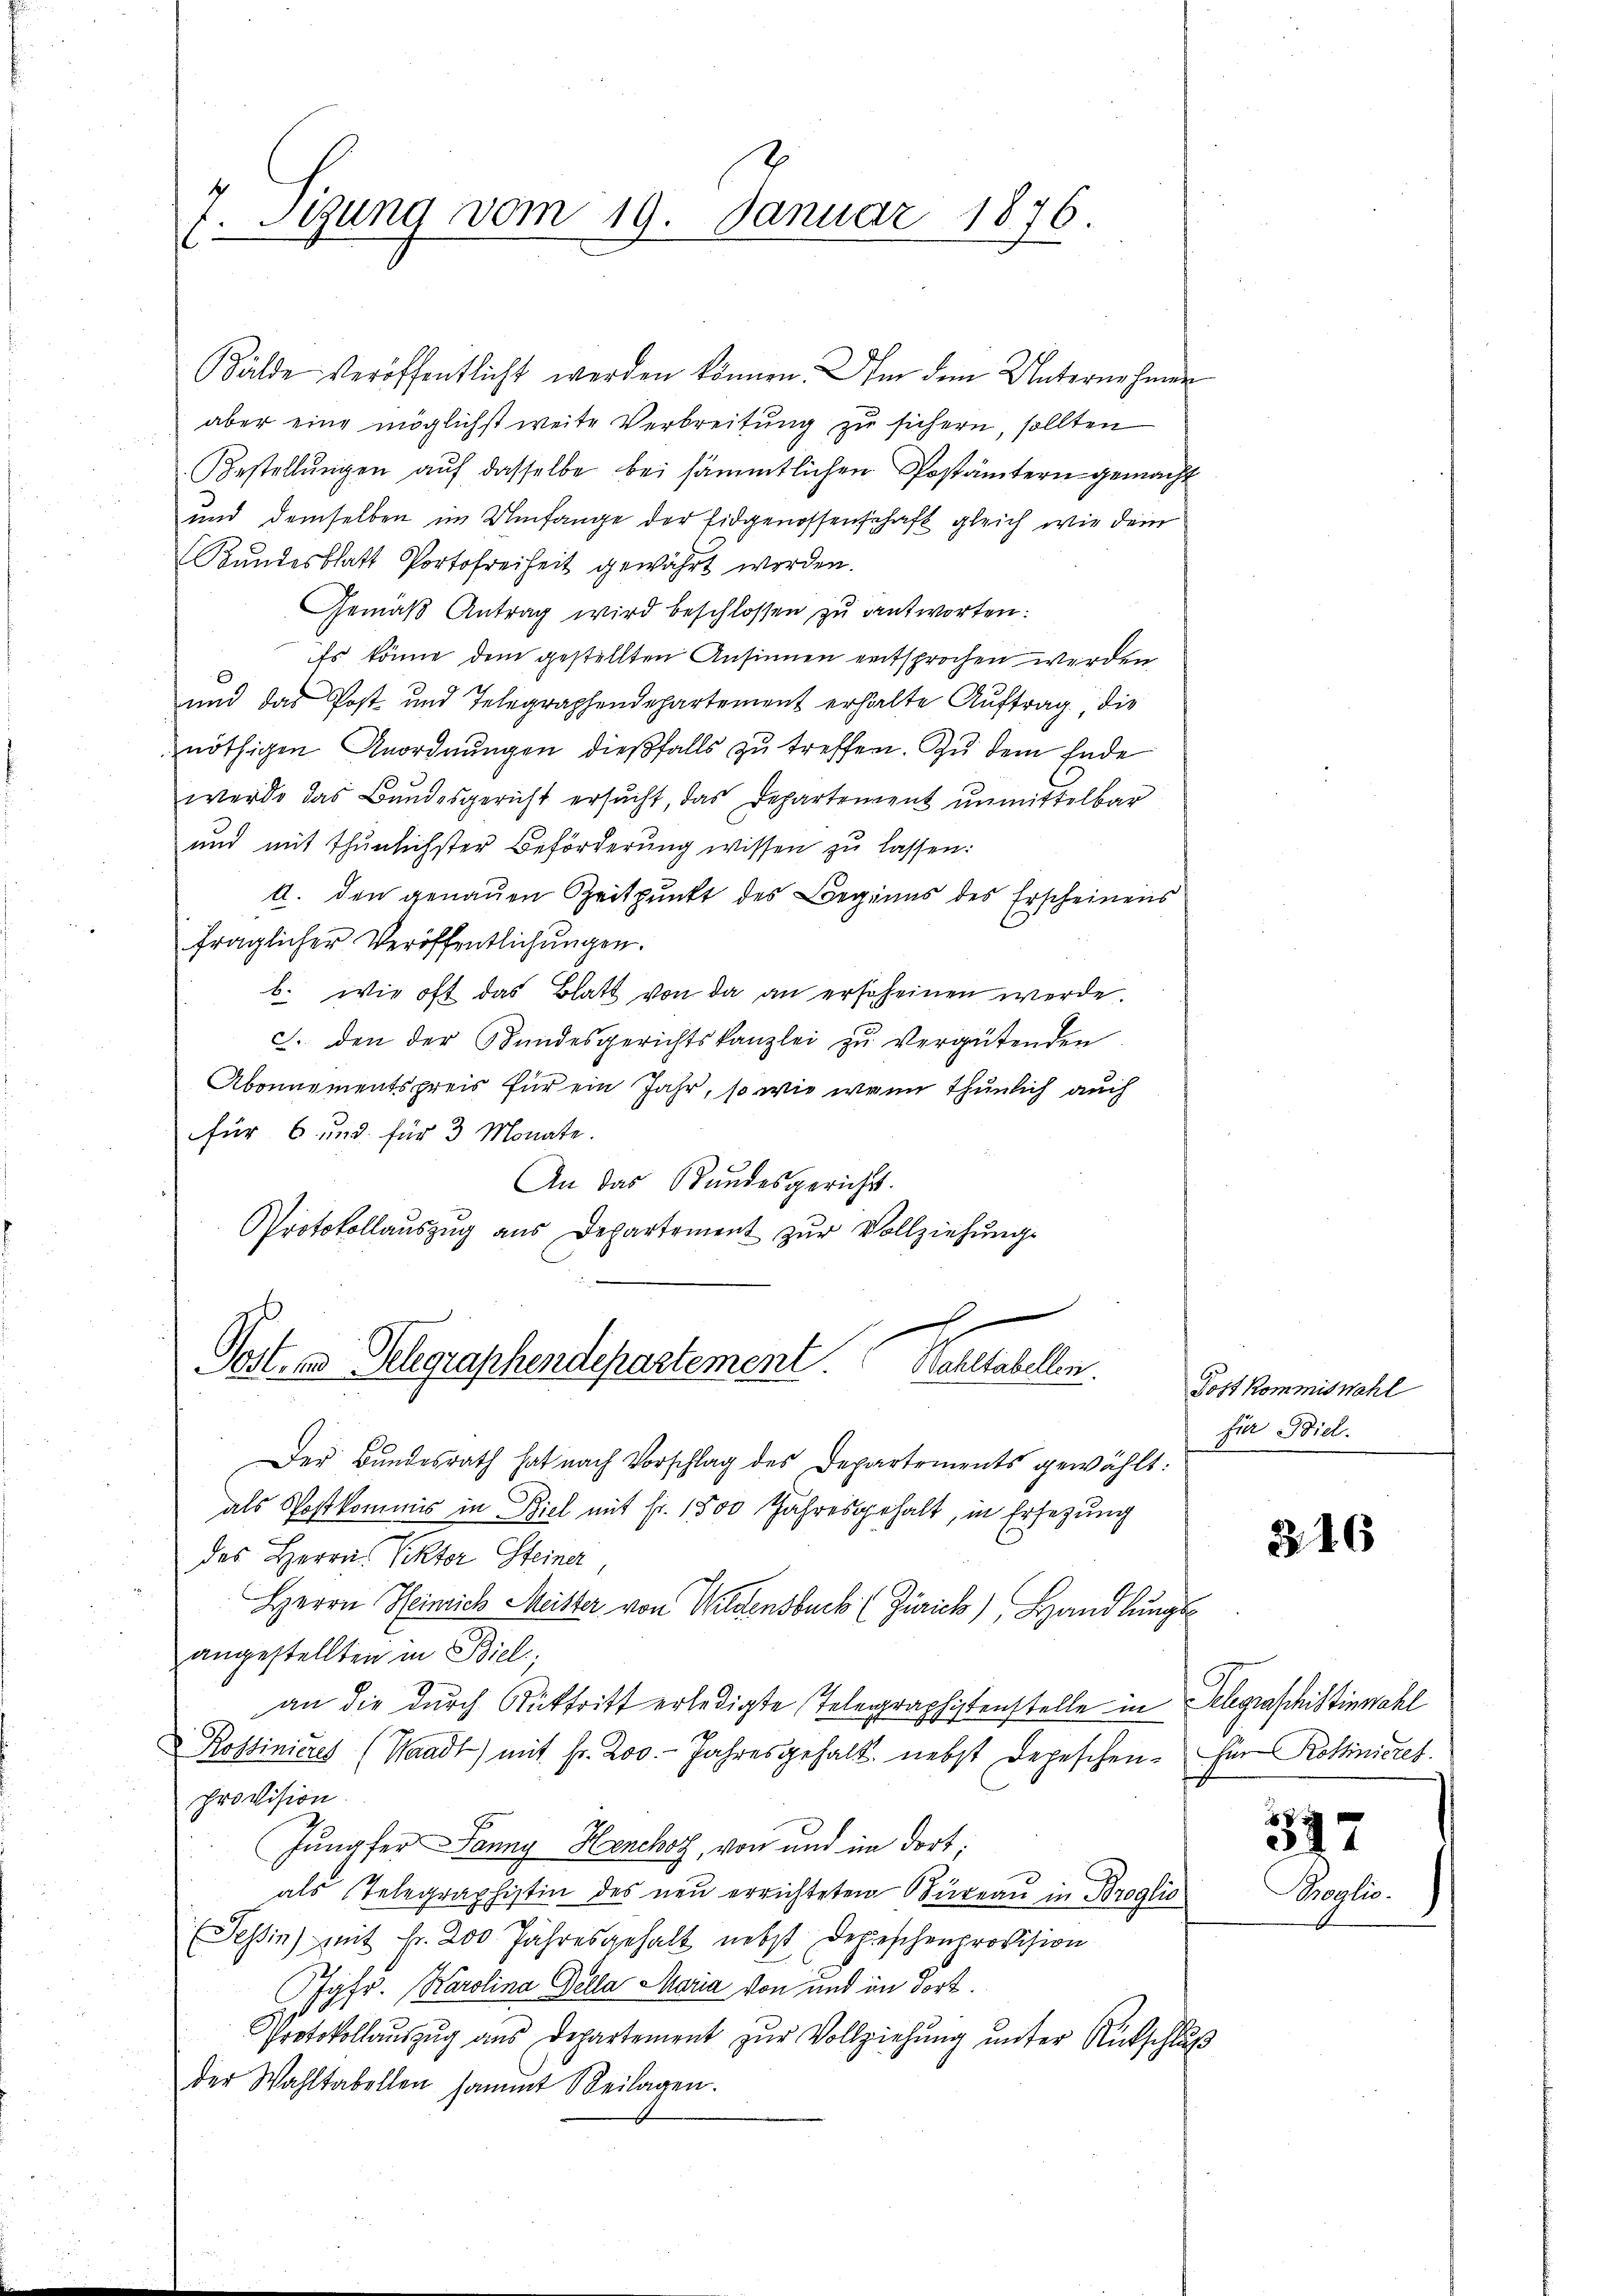
7. Sizung vom 19. Januar 1876.

Bälde veröffentlicht werden können. Ihm dem Unternehmer
aber eine möglichst weite Verbreitung zu sichern, sollten
Bestellŭngen auf dasselbe bei sämmtlichen Postämtern gemacht
und demselben im Umfange der Eidgenossenschaft gleich wie dein
Bundesblatt Portofreiheit gewährt worden.
Gemäß Antrag wird beschlossen zu antworten:
Es könne dem gestellten Ansinnen entsprochen werden
und das Post und Telegraphendepartement erhalte Aŭftrag die
nöthigen Anordnungen dießfalls zu treffen. Zu dem Ende
werde das Bundesgericht ersŭcht, das Departement unmittelbar
und mit thŭnlichster Beförderŭng wissen zŭ lassen:
A. den genauen Zeitpunkt des Beginns des Erscheinens
fraglicher Veröffentlichungen.
b. wie oft das Blatt von da an erscheinen werde.
J. den der Bundesgerichtskanzlei zu vergütenden
Abonnementspreis für ein Jahr, so wie wenn thunlich auch
für 6 und für 3 Monate.
An das Bundesgericht.
Protokollaŭszŭg ans Departement zŭr Vollziehŭng
e
Post- und Gelegraphendepartement Bahltabellen.
Der Bundesrath hat nach Vorschlag des Departements gewählt:
als Postkommis in Biel mit Fr. 1500 Jahresgehalt, in Ersezung
des Herrn Rektor Steiner
Herrn Heinrich Meister von Wildensbuch (Zürich), Handlungs-
angestellten in Biel
an die durch Rücktritt erledigte Telegraphistenstelle in Gelegraphistinwahl
Rostinieres (Waadt) mit fr. 200.- Jahresgehalt nebst Depeschen. Für Rottinieret.
Provision.
Jungfer Janny Henchoz, von und im dort;
als Telegraphistin des neu errichteten Büreau in Broglio
Tessin) mit Fr. 200 Jahresgehalt nebst Depeschenprovision
Jgfr. Karolina Della Maria von und im dort.
Protokollauszug aus Departement zŭr Vollziehung unter Rutschluß
der Wahltabellen sammt Beilagen.

Post kommiswahl
für Biel.

326

347
Broglio.